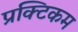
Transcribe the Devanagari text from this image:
प्रक्टिकम